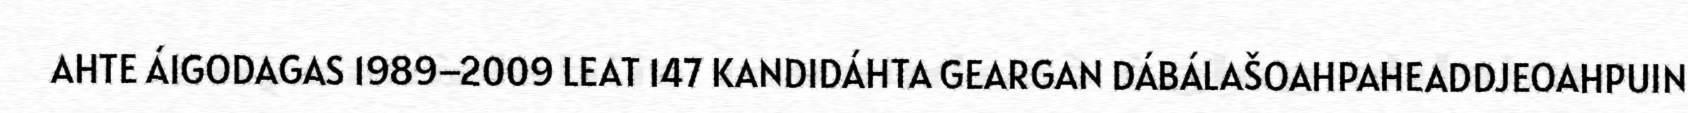
AHTE ÁIGODAGAS 1989–2009 LEAT 147 KANDIDÁHTA GEARGAN DÁBÁLAŠOAHPAHEADDJEOAHPUIN